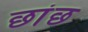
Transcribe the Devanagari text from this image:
छांछ